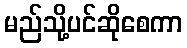
မည်သို့ပင်ဆိုစေကာ